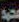
محمد